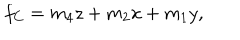
LaTeX: f _ { C } = m _ { 4 } z + m _ { 2 } x + m _ { 1 } y ,